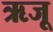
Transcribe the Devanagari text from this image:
ऋजू